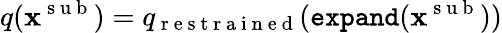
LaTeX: q(\mathbf{x}^{\mathrm{~s~u~b~}})=q_{\mathrm{~r~e~s~t~r~a~i~n~e~d~}}(\texttt{expand}(\mathbf{x}^{\mathrm{~s~u~b~}}))